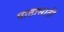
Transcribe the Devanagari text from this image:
पाठासाठी